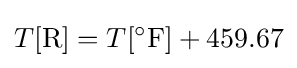
T[{\text{R}}]=T[^{\circ }{\text{F}}]+459.67